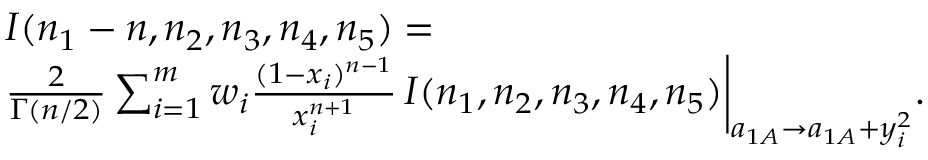
\begin{array} { r l } & { I ( n _ { 1 } - n , n _ { 2 } , n _ { 3 } , n _ { 4 } , n _ { 5 } ) = } \\ & { \frac { 2 } { \Gamma ( n / 2 ) } \sum _ { i = 1 } ^ { m } w _ { i } \frac { ( 1 - x _ { i } ) ^ { n - 1 } } { x _ { i } ^ { n + 1 } } \, I ( n _ { 1 } , n _ { 2 } , n _ { 3 } , n _ { 4 } , n _ { 5 } ) \bigg | _ { a _ { 1 A } \rightarrow a _ { 1 A } + y _ { i } ^ { 2 } } . } \end{array}